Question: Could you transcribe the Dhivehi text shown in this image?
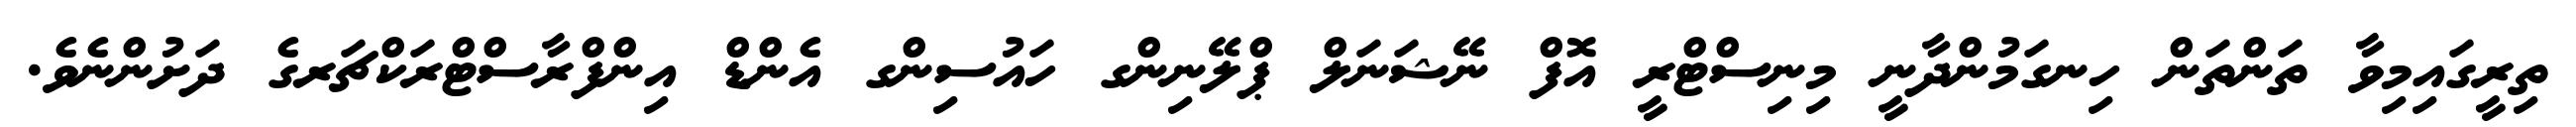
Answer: ތިރީގައިމިވާ ތަންތަން ހިނގަމުންދާނީ މިނިސްޓްރީ އޮފް ނޭޝަނަލް ޕްލޭނިންގ ހައުސިންގ އެންޑް އިންފްރާސްޓްރަކްޗަރގެ ދަށުންނެވެ.